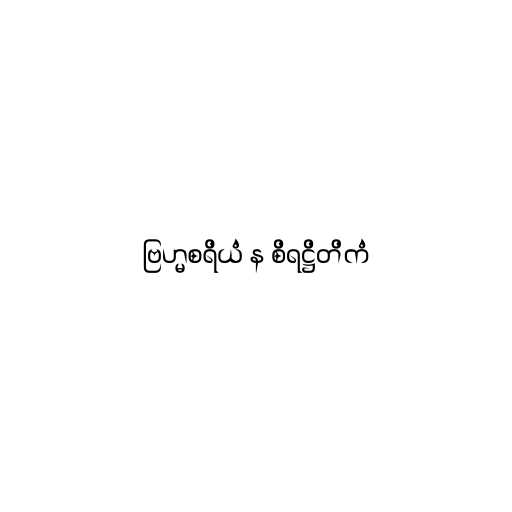
ဗြဟ္မစရိယံ န စိရဋ္ဌိတိကံ